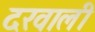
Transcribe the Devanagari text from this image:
दरवाली